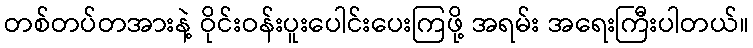
တစ်တပ်တအားနဲ့ ဝိုင်းဝန်းပူးပေါင်းပေးကြဖို့ အရမ်း အရေးကြီးပါတယ်။